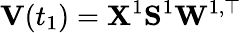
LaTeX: \mathbf{V}(t_{1})=\mathbf{X}^{1}\mathbf{S}^{1}\mathbf{W}^{1,\top}